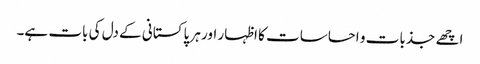
اچھے جذبات و احساسات کا اظہار اور ہر پاکستانی کے دل کی بات ہے۔